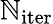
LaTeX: \mathbb{N}_{\mathrm{{iter}}}